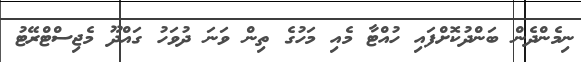
ނިމެންދެން ބަންދުކޮށްފައި ހުއްޓާ މެއި މަހުގެ ތިން ވަނަ ދުވަހު ގައްދޫ މެޖިސްޓްރޭޓު